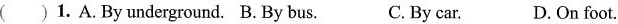
( ) 1. A. By underground. B. By bus. C. By car. D. On foot.